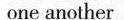
one another